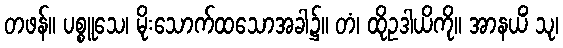
တဖန်။ ပစ္စူသေ၊ မိုးသောက်ထသောအခါ၌။ တံ၊ ထိုဥဒါယိကို။ အာနယိံ သု၊